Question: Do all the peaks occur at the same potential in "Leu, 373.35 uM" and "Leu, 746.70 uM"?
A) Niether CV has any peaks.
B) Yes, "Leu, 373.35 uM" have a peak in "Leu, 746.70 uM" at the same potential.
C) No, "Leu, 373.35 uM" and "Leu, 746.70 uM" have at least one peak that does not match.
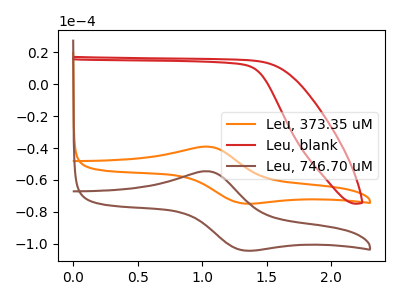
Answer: <think>The orange curve "Leu, 373.35 uM" has an anodic peak at (1.05V, -39.20uA) and a cathodic peak at (1.30V, -74.65uA). The red curve "Leu, blank" has no peaks. The brown curve "Leu, 746.70 uM" has an anodic peak at (1.05V, -54.60uA) and a cathodic peak at (1.30V, -103.95uA).</think>
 <answer>B) Yes, "Leu, 373.35 uM" have a peak in "Leu, 746.70 uM" at the same potential.</answer>
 <eval>B</eval>